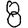
Digit: 8